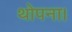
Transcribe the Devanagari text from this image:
थोपना।